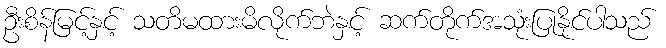
ဦးစိန်မြင့်နှင့် သတိမထားမိလိုက်ဘဲနှင့် ဆက်တိုက်အသုံးပြုနိုင်ပါသည်